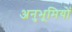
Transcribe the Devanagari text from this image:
अनुभूमियों